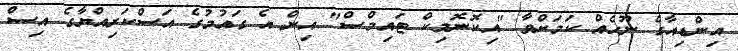
އިންޑިއާގެ ނޫހެއް ކަމަށްވާ "އިކޮނޮމިކް ޓައިމްސް" އިން އެ ގައުމުގެ އަސްކަރިއްޔާގެ އިސް